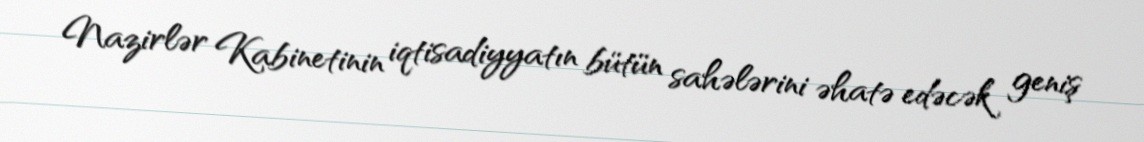
Nazirlər Kabinetinin iqtisadiyyatın bütün sahələrini əhatə edəcək geniş